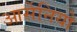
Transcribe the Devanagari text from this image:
आर्सेनियो